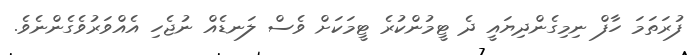
ފުރަތަމަ ހާފް ނިމިގެންދިޔައީ ދެ ޓީމުންކުރެ ޓީމަކަށް ވެސް ލަނޑެއް ނުޖެހި އެއްވަރުވެގެންނެވެ.